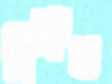
বিশ্রুত